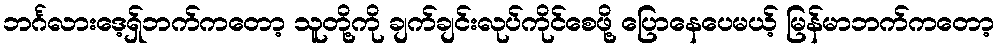
ဘင်္ဂလားဒေ့ရှ်ဘက်ကတော့ သူတို့ကို ချက်ချင်းလုပ်ကိုင်စေဖို့ ပြောနေပေမယ့် မြန်မာဘက်ကတော့